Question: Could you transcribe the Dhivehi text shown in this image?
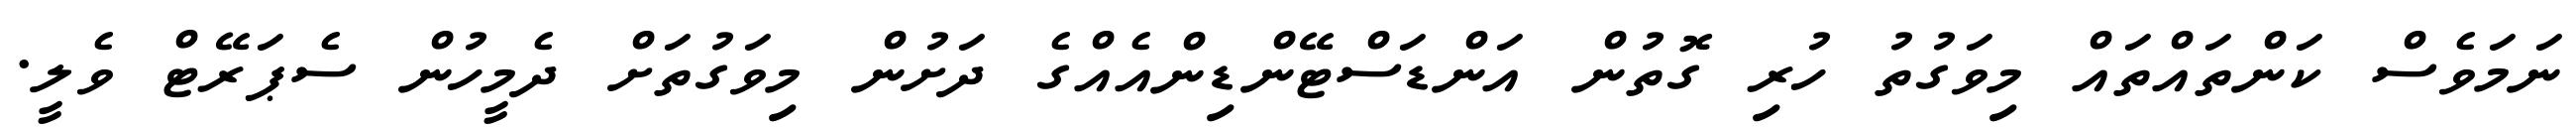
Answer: ނަމަވެސް ކަންތައްތައް މިވަގުތު ހުރި ގޮތުން އަންޑަސްޓޭންޑިންއެއްގެ ދަށުން މިވަގުތަށް ދެމީހުން ސެޕަރޭޓް ވެލީ.